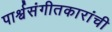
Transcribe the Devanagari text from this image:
पार्श्वसंगीतकारांची